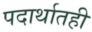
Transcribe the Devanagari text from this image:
पदार्थातही